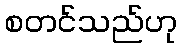
စတင်သည်ဟု